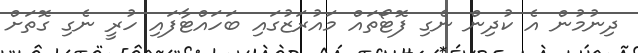
ދިނުމުން އެ ކުދިން ނެގި ފޮޓޯތައް މައުރަޒުގައި ބަހައްޓާފައި ހުރީ ނެގި ގޮތަށް